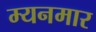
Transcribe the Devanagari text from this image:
म्यनमार